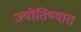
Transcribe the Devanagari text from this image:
ज्योतिष्यात